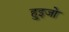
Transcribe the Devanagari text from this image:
हुइजो